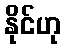
နိုင်ဟု